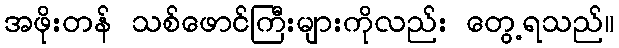
အဖိုးတန် သစ်ဖောင်ကြီးများကိုလည်း တွေ့ရသည်။